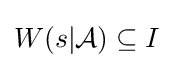
W(s|{\mathcal {A}})\subseteq I